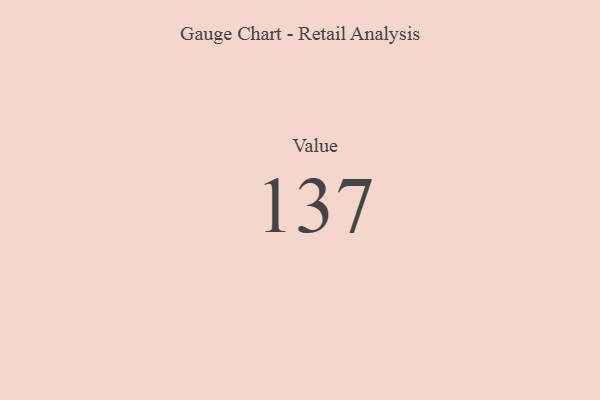
{"axis": {"x": "Metric", "y": "Value"}, "legend": [""], "data": [{"x": "Value", "y": 137, "type": ""}]}